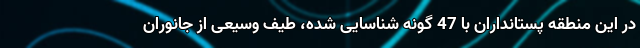
در این منطقه پستانداران با 47 گونه شناسایی شده، طیف وسیعی از جانوران